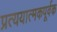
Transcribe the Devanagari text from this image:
प्रत्ययात्मकपूर्वक